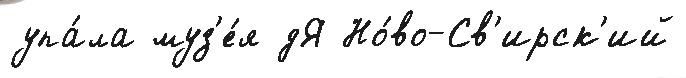
упа́ла муз'е́я дЯ Но́во-Св'ирск'ий